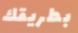
بطريقك